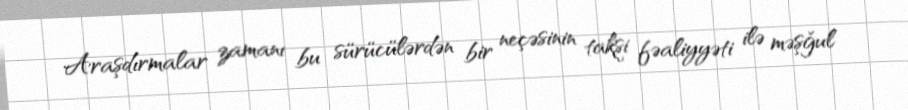
Araşdırmalar zamanı bu sürücülərdən bir neçəsinin taksi fəaliyyəti ilə məşğul